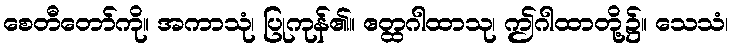
စေတီတော်ကို။ အကာသုံ၊ ပြုကုန်၏။ ဧတ္ထဂါထာသု၊ ဤဂါထာတို့၌။ သေသံ၊